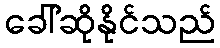
ခေါ်ဆိုနိုင်သည်